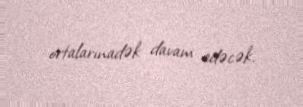
ortalarınadək davam edəcək.